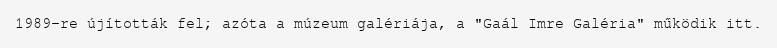
1989-re újították fel; azóta a múzeum galériája, a "Gaál Imre Galéria" működik itt.